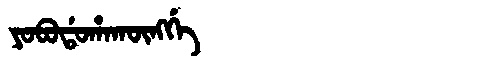
Manchu: ᠶᠣᠪᠣᡩᠣᡥᠠᡴᡡᠩᡤᡝ
Romanization: YOBODOHAKŪNGGE